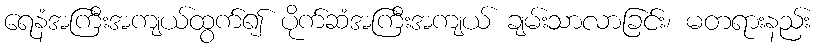
ရေနံအကြီးအကျယ်ထွက်၍ ပိုက်ဆံအကြီးအကျယ် ချမ်းသာလာခြင်း၊ မတရားနည်း